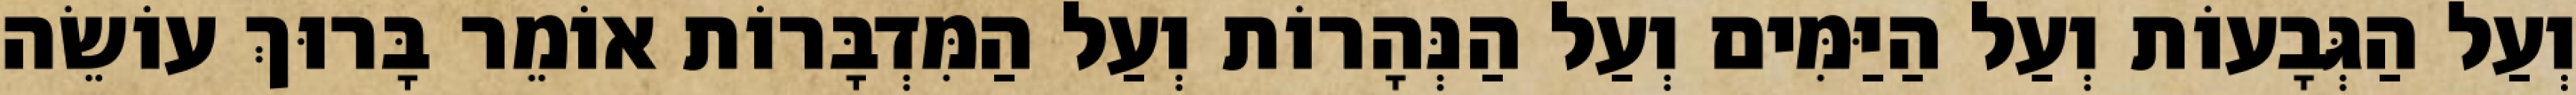
וְעַל הַגְּבָעוֹת וְעַל הַיַּמִּים וְעַל הַנְּהָרוֹת וְעַל הַמִּדְבָּרוֹת אוֹמֵר בָּרוּךְ עוֹשֵׂה